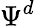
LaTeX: \Psi^{d}